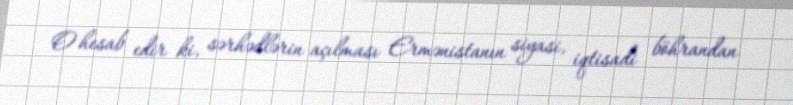
O hesab edir ki, sərhədlərin açılması Ermənistanın siyasi, iqtisadi böhrandan